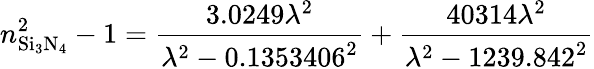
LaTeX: n_{\mathrm{Si_{3}N_{4}}}^{2}-1=\frac{3.0249\lambda^{2}}{\lambda^{2}-0.1353406^{2}}+\frac{40314\lambda^{2}}{\lambda^{2}-1239.842^{2}}